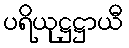
ပရိယုဋ္ဌဋ္ဌာယီ